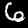
Digit: 6